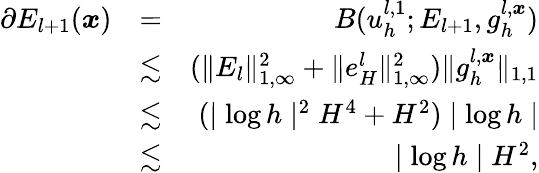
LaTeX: \begin{array}{rlr}{\partial E_{l+1}(\boldsymbol{x})}&{=}&{B(u_{h}^{l,1};E_{l+1},g_{h}^{l,\boldsymbol{x}})}\\ &{\lesssim}&{(\| E_{l}\| _{1,\infty}^{2}+\| e_{H}^{l}\| _{1,\infty}^{2})\| g_{h}^{l,\boldsymbol{x}}\| _{1,1}}\\ &{\lesssim}&{(\mid\log h\mid^{2}H^{4}+H^{2})\mid\log h\mid}\\ &{\lesssim}&{\mid\log h\mid H^{2},}\end{array}